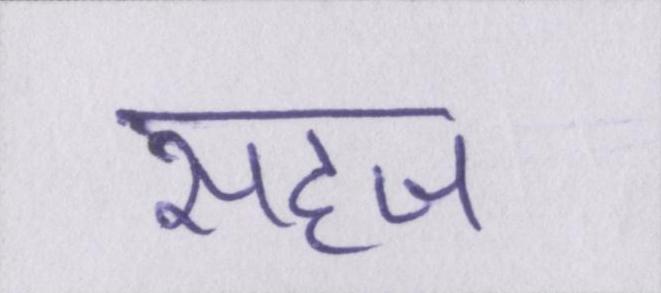
सहज